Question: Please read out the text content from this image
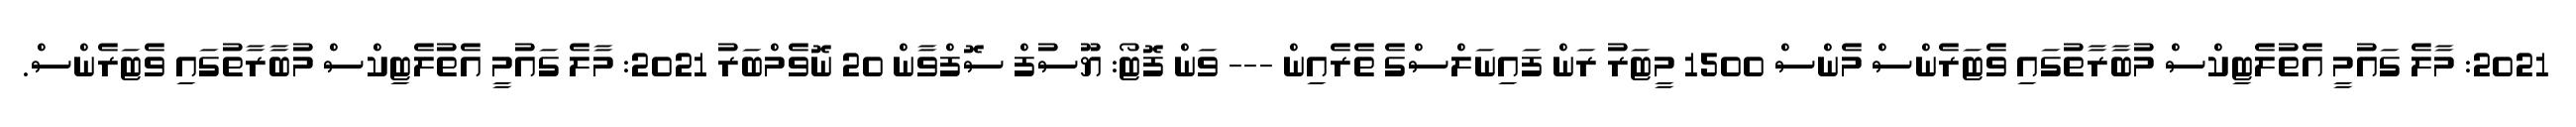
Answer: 2021: މާލެ ގައުމީ އެތުލެޓިކްސް މުބާރާތުގައި ވެޓަރެންސް މެންސް 1500 މީޓަރު ރަން ފައިނަލްސްގެ ތެރެއިން --- ވަން ފޮޓޯ: ޔޫސުފް ސޮފްވާން 20 ނޮވެމްބަރު 2021: މާލެ ގައުމީ އެތުލެޓިކްސް މުބާރާތުގައި ވެޓަރެންސް.